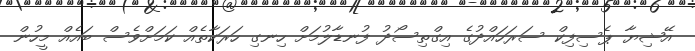
އޭޝިޔާ ޕެސިފިކް ސަރަހައްދުގެ އިގްތިސޯދު ފުނޑާލުމަށް ހިނގި ހަރަކާތެއް ކަމަށްވެސް ބައެއް މީހުން